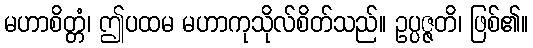
မဟာစိတ္တံ၊ ဤပထမ မဟာကုသိုလ်စိတ်သည်။ ဥပ္ပဇ္ဇတိ၊ ဖြစ်၏။